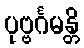
ပုဗ္ဗင်္ဂမန္တိ